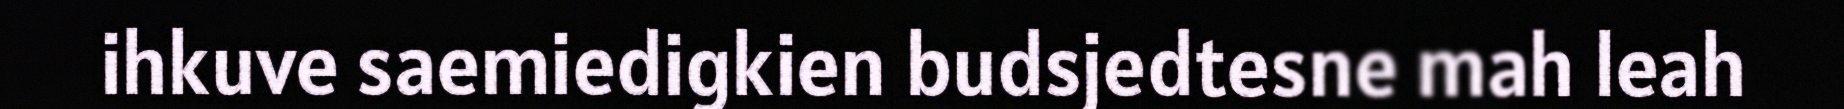
ihkuve saemiedigkien budsjedtesne mah leah